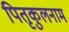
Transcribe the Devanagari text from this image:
पितृकुलनाम